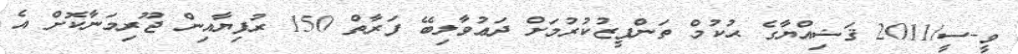
ވީ-ސީ/2011 ޤަޟިއްޔާގެ ޙުކުމް ތަންފީޒުކުރުމަށް ދަޢުވާލިބޭ ފަރާތް 150 ރުފިޔާއިން ޖޫރިމަނާކޮށް އެ